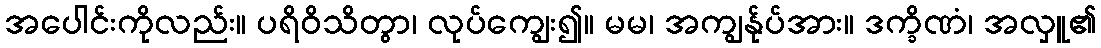
အပေါင်းကိုလည်း။ ပရိဝိသိတွာ၊ လုပ်ကျွေး၍။ မမ၊ အကျွန်ုပ်အား။ ဒက္ခိဏံ၊ အလှူ၏